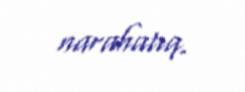
narahatıq.